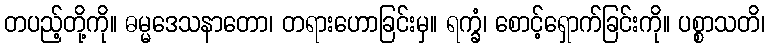
တပည့်တို့ကို။ ဓမ္မဒေသနာတော၊ တရားဟောခြင်းမှ။ ရက္ခံ၊ စောင့်ရှောက်ခြင်းကို။ ပစ္စာသတိ၊